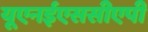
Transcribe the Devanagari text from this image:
यूएनईएससीएपी